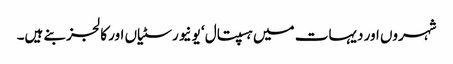
شہروں اور دیہات میں ہسپتال ‘ یونیورسٹیاں اور کالجز بنے ہیں۔